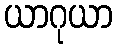
ယာဂုယာ